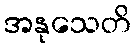
အနုသေတိ